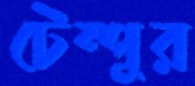
টেম্পুর